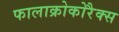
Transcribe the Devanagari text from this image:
फालाक्रोकोरैक्स